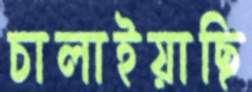
চালাইয়াছি